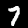
Label: 7